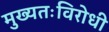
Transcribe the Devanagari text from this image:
मुख्यतःविरोधी